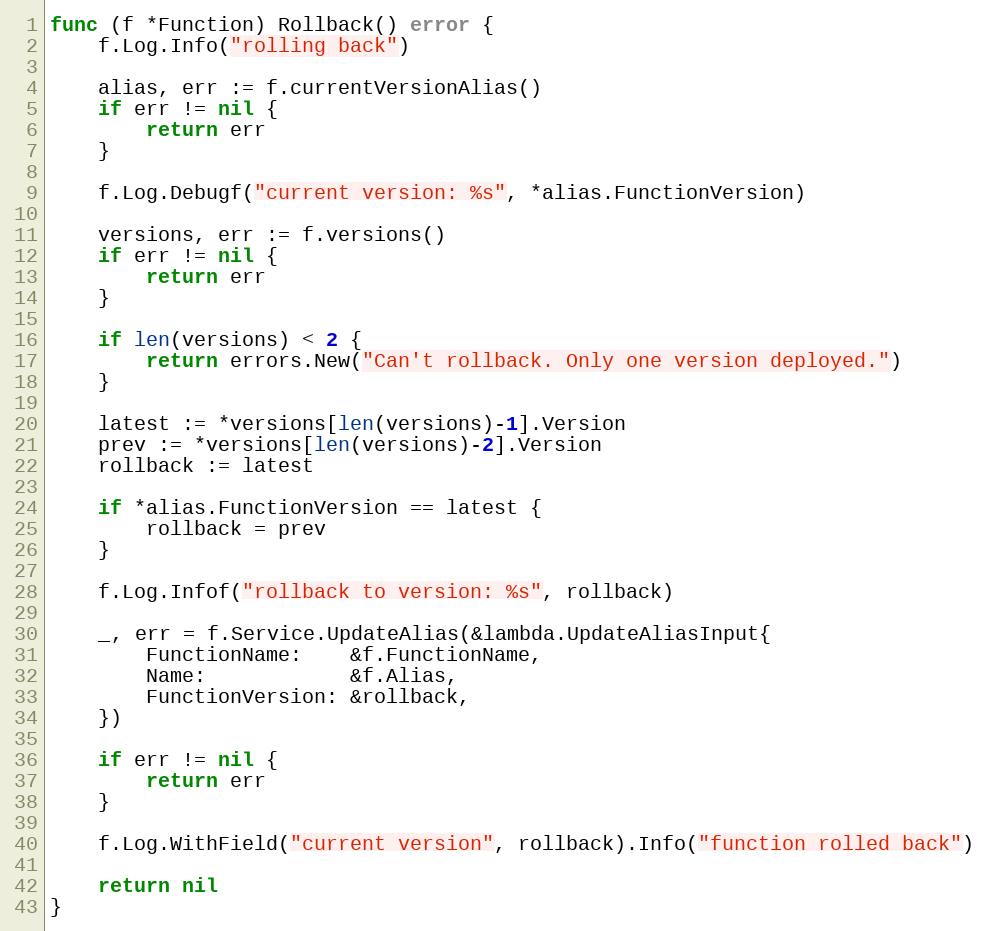
Language: Go
func (f *Function) Rollback() error {
	f.Log.Info("rolling back")

	alias, err := f.currentVersionAlias()
	if err != nil {
		return err
	}

	f.Log.Debugf("current version: %s", *alias.FunctionVersion)

	versions, err := f.versions()
	if err != nil {
		return err
	}

	if len(versions) < 2 {
		return errors.New("Can't rollback. Only one version deployed.")
	}

	latest := *versions[len(versions)-1].Version
	prev := *versions[len(versions)-2].Version
	rollback := latest

	if *alias.FunctionVersion == latest {
		rollback = prev
	}

	f.Log.Infof("rollback to version: %s", rollback)

	_, err = f.Service.UpdateAlias(&lambda.UpdateAliasInput{
		FunctionName:    &f.FunctionName,
		Name:            &f.Alias,
		FunctionVersion: &rollback,
	})

	if err != nil {
		return err
	}

	f.Log.WithField("current version", rollback).Info("function rolled back")

	return nil
}